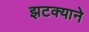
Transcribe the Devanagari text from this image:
झटक्‍याने